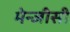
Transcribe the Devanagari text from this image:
मेन्जीसी